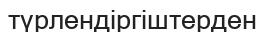
түрлендіргіштерден